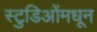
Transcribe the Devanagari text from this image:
स्टुडिओंमधून